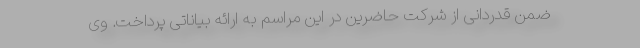
ضمن قدردانی از شرکت حاضرین در این مراسم به ارائه بیاناتی پرداخت. وی